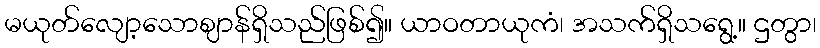
မယုတ်လျော့သောဈာန်ရှိသည်ဖြစ်၍။ ယာဝတာယုကံ၊ အသက်ရှိသရွေ့။ ဌတွာ၊